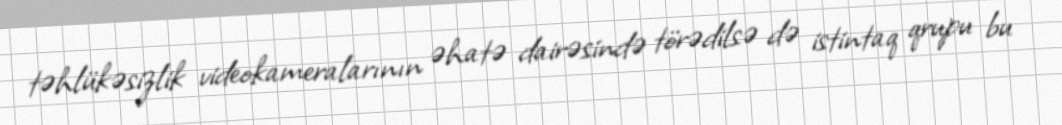
təhlükəsizlik videokameralarının əhatə dairəsində törədilsə də istintaq qrupu bu